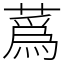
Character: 蔿